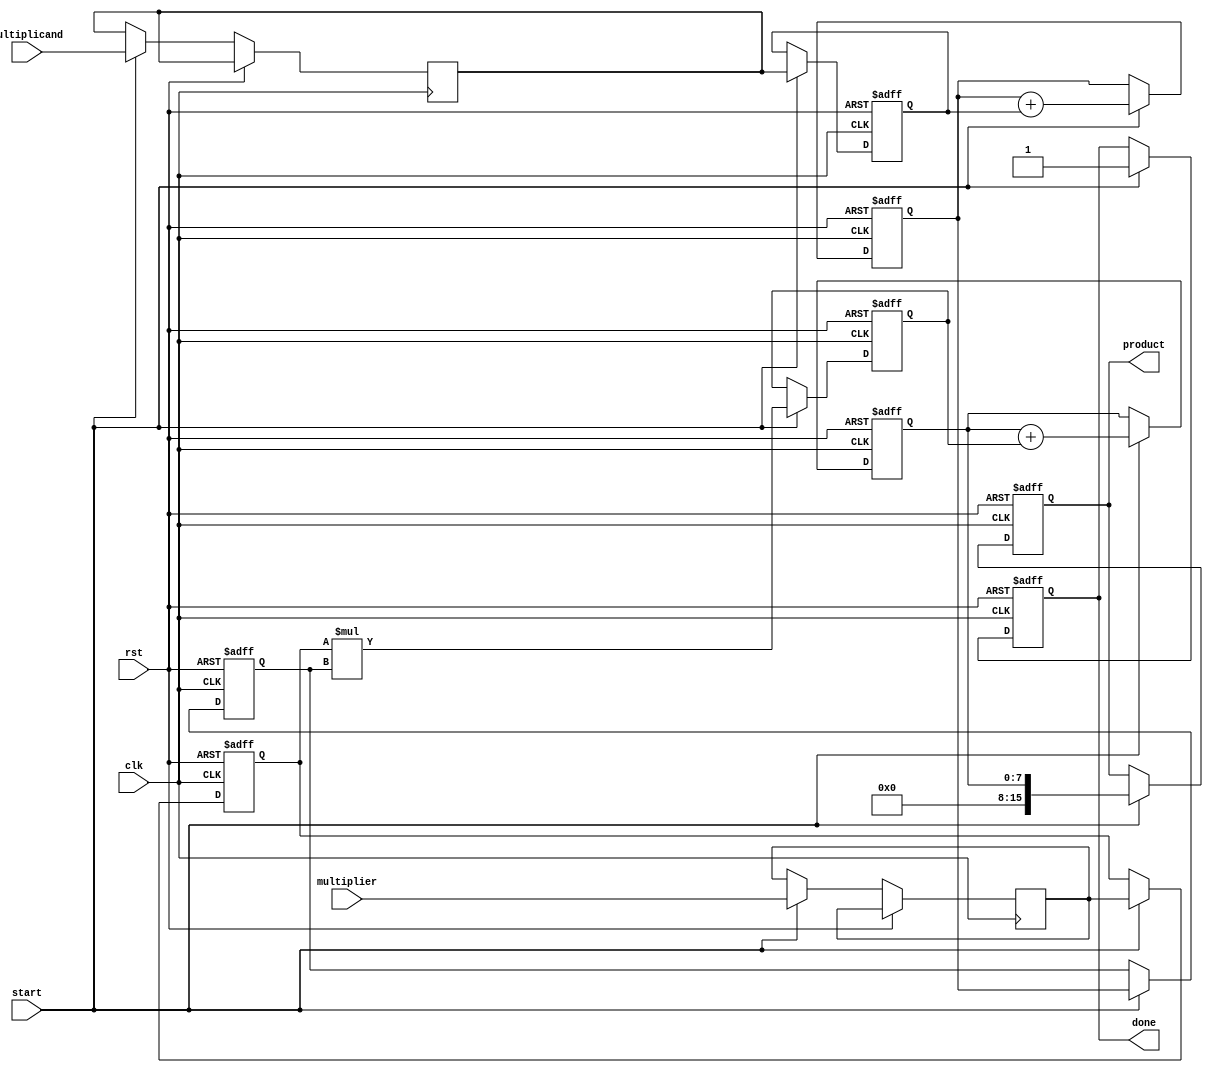
module systolic_multiplier #(
    parameter DATA_WIDTH = 8, // Bit-width of the inputs and outputs
    parameter PE_ROWS = 2,    // Number of rows of PEs
    parameter PE_COLS = 2     // Number of columns of PEs
)(
    input clk,
    input rst,
    input [DATA_WIDTH-1:0] multiplicand,
    input [DATA_WIDTH-1:0] multiplier,
    input start, // Signal to start the multiplication
    output reg [2*DATA_WIDTH-1:0] product, // Final product output
    output reg done // Indicates when multiplication is complete
);

    // Processing Element (PE) structure
    reg [DATA_WIDTH-1:0] pe [0:PE_ROWS-1][0:PE_COLS-1]; // PE storage
    reg [DATA_WIDTH-1:0] acc [0:PE_ROWS-1][0:PE_COLS-1]; // Accumulated results
    reg [DATA_WIDTH-1:0] input_multiplicand [0:PE_ROWS-1]; // Input multiplicand for each row
    reg [DATA_WIDTH-1:0] input_multiplier [0:PE_COLS-1]; // Input multiplier for each column

    integer i, j;

    // Initialize the PE grid and accumulators
    always @(posedge clk or posedge rst) begin
        if (rst) begin
            // Reset all PEs and accumulators
            for (i = 0; i < PE_ROWS; i = i + 1) begin
                for (j = 0; j < PE_COLS; j = j + 1) begin
                    pe[i][j] <= 0;
                    acc[i][j] <= 0;
                end
            end
            product <= 0;
            done <= 0;
        end else if (start) begin
            // Load inputs into the first row and column
            input_multiplicand[0] <= multiplicand;
            input_multiplier[0] <= multiplier;

            // Initialize the PEs
            for (i = 0; i < PE_ROWS; i = i + 1) begin
                for (j = 0; j < PE_COLS; j = j + 1) begin
                    if (i == 0 && j == 0) begin
                        pe[i][j] <= input_multiplicand[i]; // Load multiplicand
                    end else if (i == 0) begin
                        pe[i][j] <= input_multiplier[j-1]; // Load multiplier
                    end else if (j == 0) begin
                        pe[i][j] <= acc[i-1][j]; // Get accumulated from above
                    end else begin
                        pe[i][j] <= pe[i-1][j] * pe[i][j-1]; // Multiply from left and above
                    end
                    acc[i][j] <= acc[i][j] + pe[i][j]; // Accumulate results
                end
            end
            
            // Collect final product from the last PE
            product <= acc[PE_ROWS-1][PE_COLS-1];
            done <= 1; // Set done signal
        end
    end

endmodule